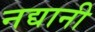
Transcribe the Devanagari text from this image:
नद्यानी